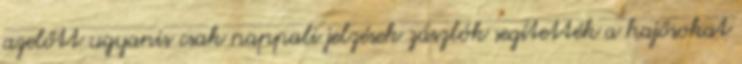
azelőtt ugyanis csak nappali jelzések zászlók segítették a hajósokat